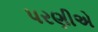
પરણીએ